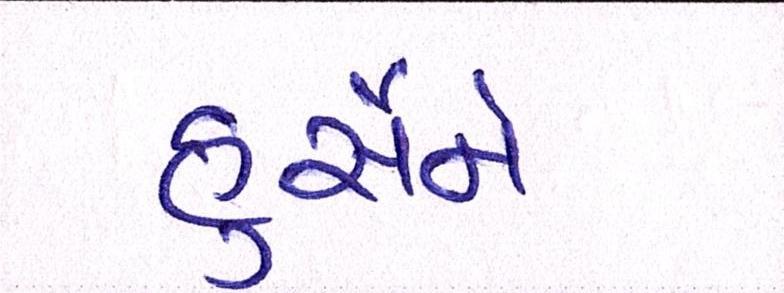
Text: હુસૈને